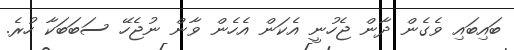
ބައިބައި ވެގެން ދާން ޖެހުނީ އެކަން އެހެން ވާން ނުޖެހޭ ސަބަބަކާ ހުރެ.